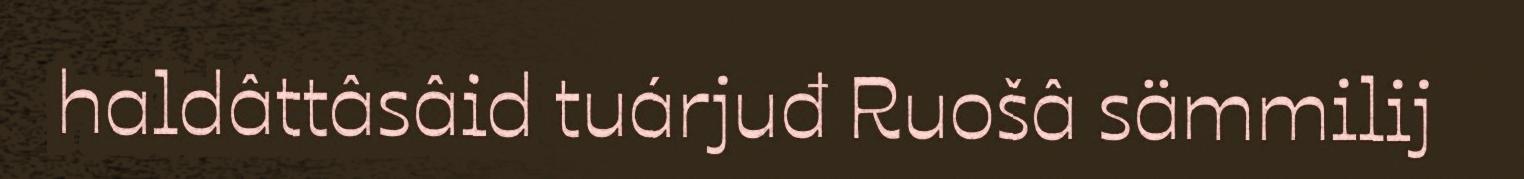
haldâttâsâid tuárjuđ Ruošâ sämmilij